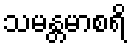
သမန္တမာစရိ